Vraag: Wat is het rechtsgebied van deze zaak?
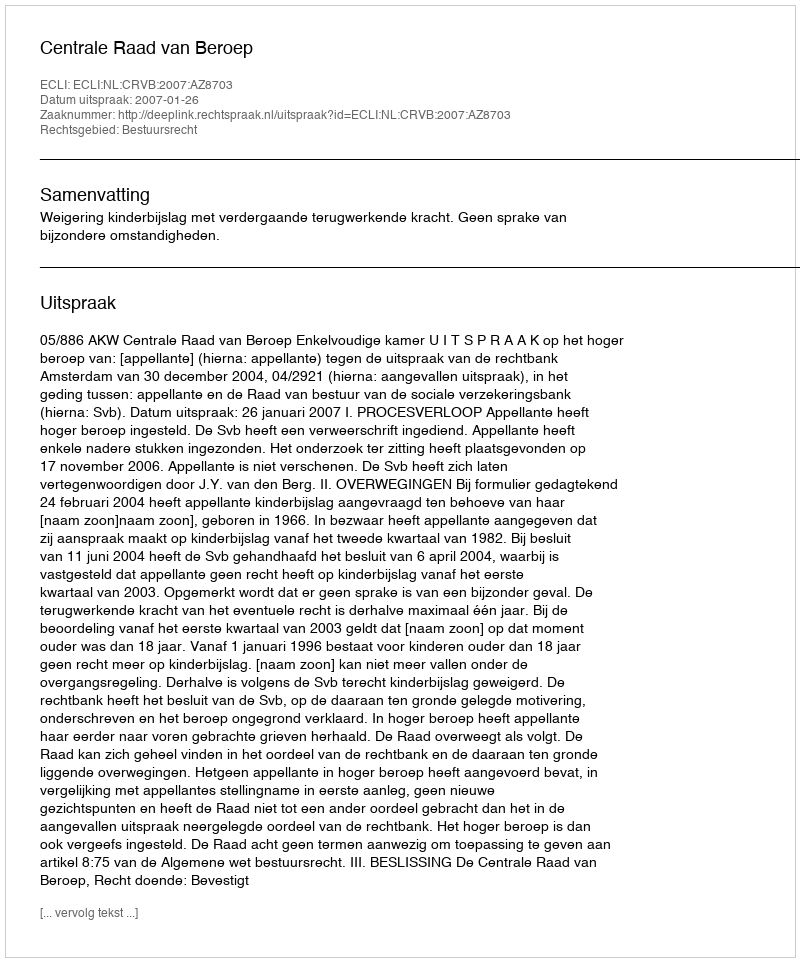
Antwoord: Bestuursrecht